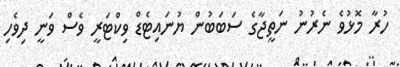
ހުރާ މޮޅުވެ ނެރުނު ނަތީޖާގެ ސަބަބުން ޔުނައިޓެޑް ވިކްޓަރީ ވެސް ވަނީ ދިވެހި